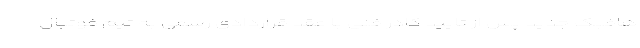
هافبک جدید پس از تایید کادر فنی با عقد قراردادی رسمی به تیم فوتبال